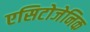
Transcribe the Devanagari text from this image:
एसिटोजेनिक